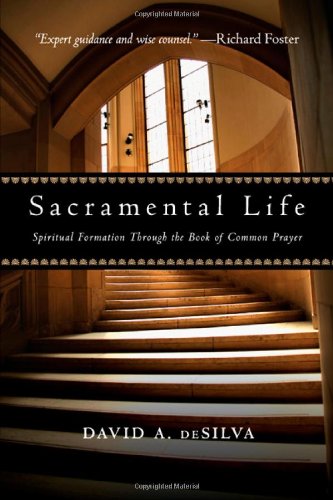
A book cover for Sacramental Life: Spiritual Formation Through the Book of Common Prayer; David A. deSilva; Christian Books & Bibles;